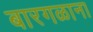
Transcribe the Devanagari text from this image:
बारगळाना